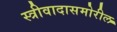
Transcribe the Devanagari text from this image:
स्त्रीवादासमोरील